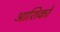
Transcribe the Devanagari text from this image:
आशिकों